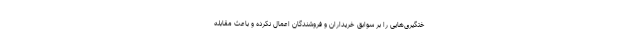
ختگیری‌هایی را بر سوابق خریداران و فروشندگان اعمال نکرده و باعث مقابله